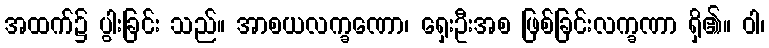
အထက်၌ ပွါးခြင်း သည်။ အာစယလက္ခဏော၊ ရှေးဦးအစ ဖြစ်ခြင်းလက္ခဏာ ရှိ၏။ ဝါ၊